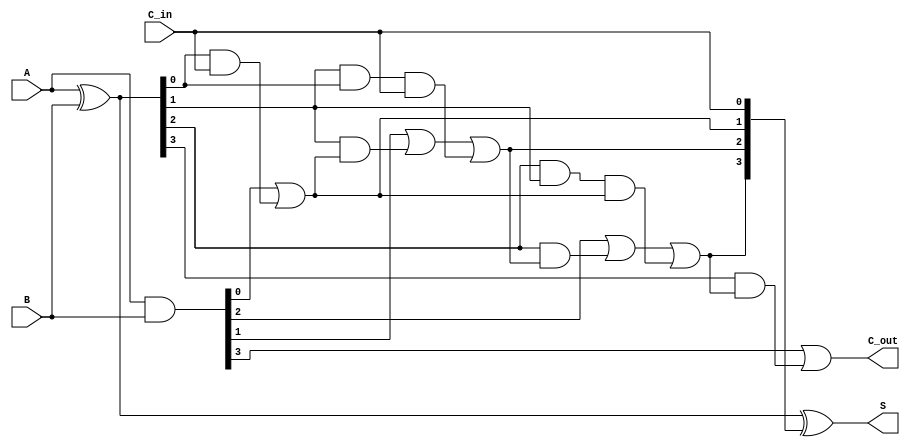
module Sklansky_Adder #(parameter n = 4) (
    input  [n-1:0] A,        // First input
    input  [n-1:0] B,        // Second input
    input         C_in,      // Carry-in
    output [n-1:0] S,        // Sum output
    output        C_out       // Carry-out
);

    // Intermediate signals for propagate and generate
    wire [n-1:0] P;          // Propagate
    wire [n-1:0] G;          // Generate
    wire [n:0] C;            // Carry signals

    // Generate propagate and generate signals
    assign P = A ^ B;        // P[i] = A[i] XOR B[i]
    assign G = A & B;        // G[i] = A[i] AND B[i]

    // Carry signal calculations
    assign C[0] = C_in;      // C[0] = C_in

    // Level 1 carry signals
    genvar i;
    generate
        for (i = 0; i < n; i = i + 1) begin : carry_generation
            if (i == 0) begin
                assign C[i + 1] = G[i] | (P[i] & C[i]); // C[1]
            end else begin
                assign C[i + 1] = G[i] | (P[i] & C[i]) | (P[i] & P[i - 1] & C[i - 1]); // C[i + 1]
            end
        end
    endgenerate

    // Sum calculation
    assign S = P ^ C[n-1:0]; // S[i] = P[i] XOR C[i]

    // Final carry-out
    assign C_out = G[n-1] | (P[n-1] & C[n-1]);

endmodule